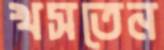
খসতেন